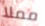
مملا